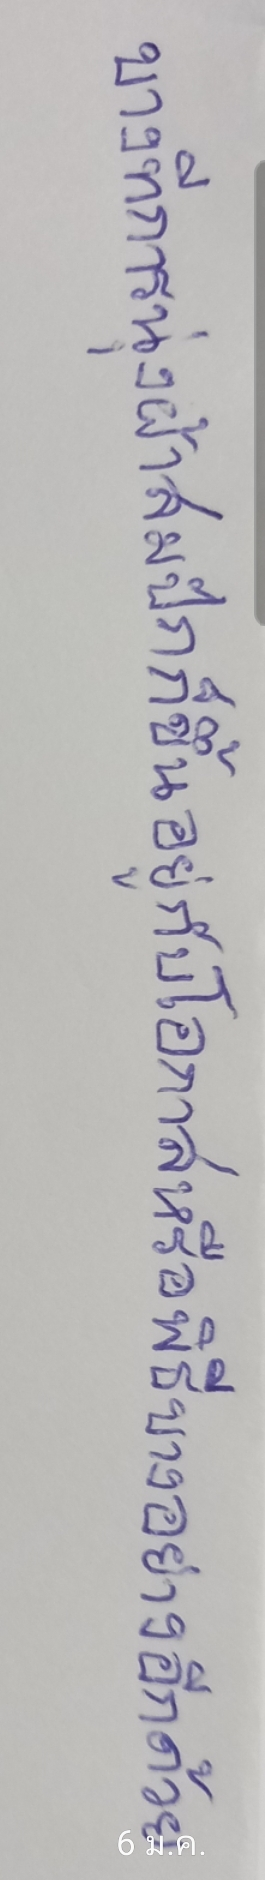
บางทีการนุ่งผ้าสมปักก็ขึ้นอยู่กับโอกาสหรือพิธีบางอย่างอีกด้วย